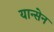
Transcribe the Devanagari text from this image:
यान्सेन